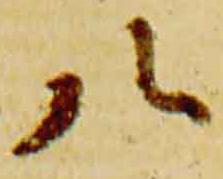
八